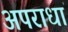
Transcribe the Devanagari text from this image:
अपराधां